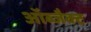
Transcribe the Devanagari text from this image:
ऑब्जैक्ट